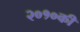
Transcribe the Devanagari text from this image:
२०१०की